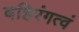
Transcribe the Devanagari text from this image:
बहिरंगत्वं